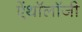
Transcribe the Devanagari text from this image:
ऐंथॉलॉजी